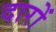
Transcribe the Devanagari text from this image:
दारों